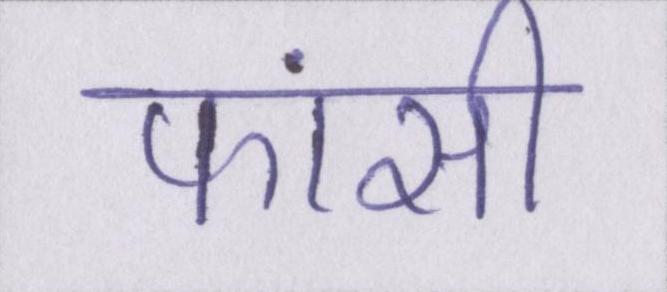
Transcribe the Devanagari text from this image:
फांसी